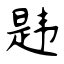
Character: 韪